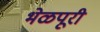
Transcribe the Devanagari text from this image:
भेळपूरी